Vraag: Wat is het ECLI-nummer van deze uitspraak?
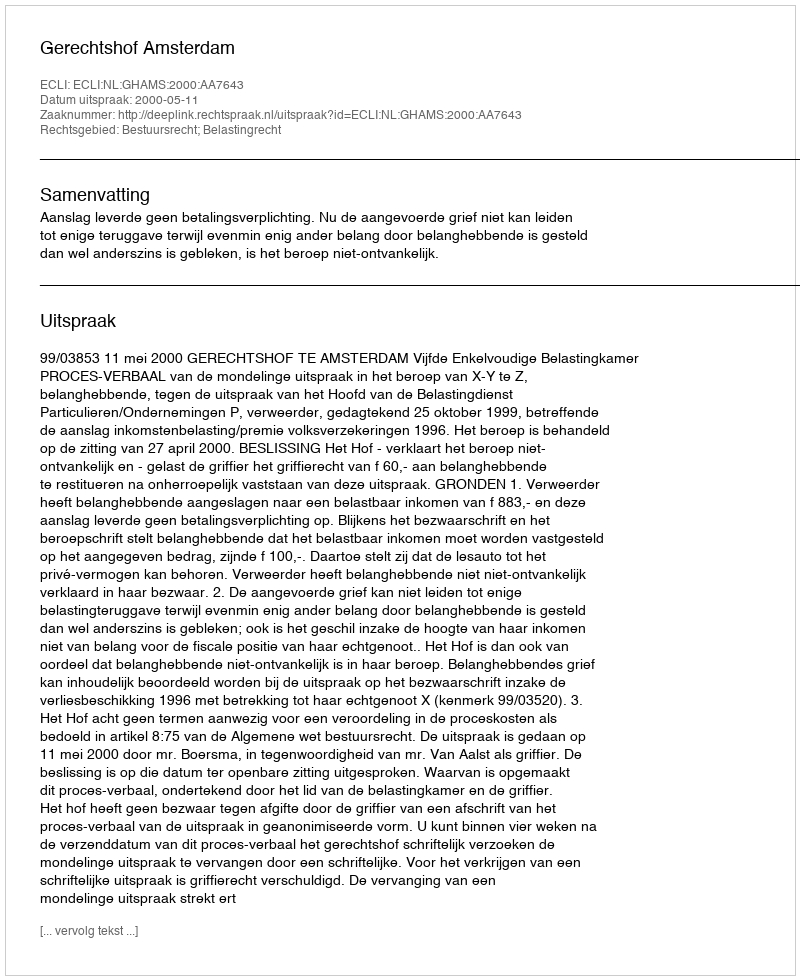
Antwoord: ECLI:NL:GHAMS:2000:AA7643